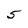
Character: 5